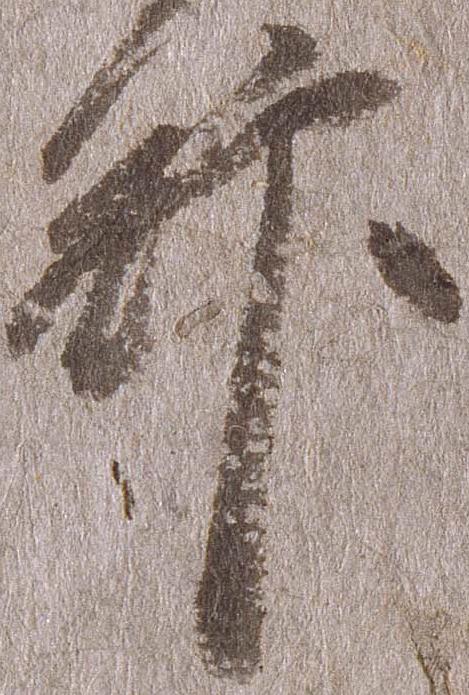
館